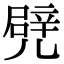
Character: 𠒱